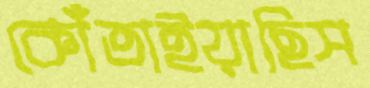
কোঁতাইয়াছিস